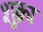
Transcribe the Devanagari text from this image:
शुक्रा